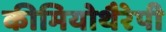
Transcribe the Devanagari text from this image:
कीमियोथैरेपी